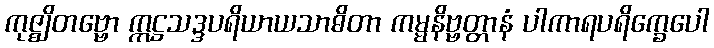
ကုဇ္ဈိတဗ္ဗော ဣဋ္ဌသဒ္ဒပရိယာယသာဓိတာ ကမ္မနိဗ္ဗတ္တာနံ ပါကာရပရိက္ခေပေါ